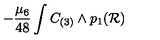
- { \frac { \mu _ { 6 } } { 4 8 } } \int C _ { ( 3 ) } \wedge p _ { 1 } ( { \cal R } )